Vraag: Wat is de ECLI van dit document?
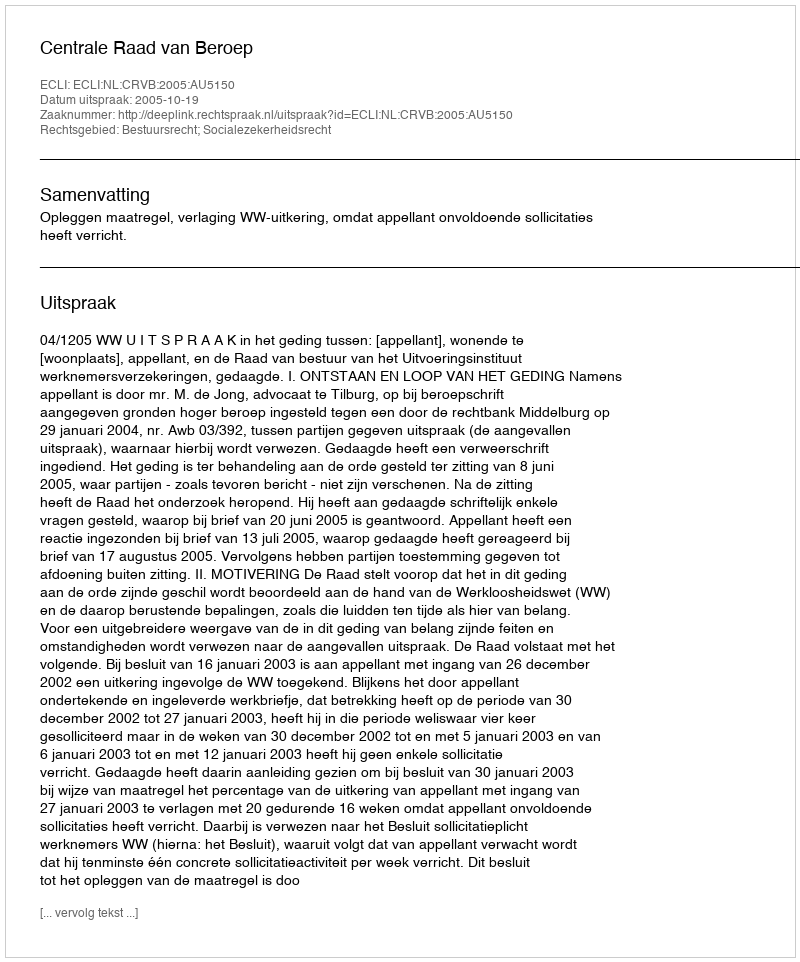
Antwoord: ECLI:NL:CRVB:2005:AU5150